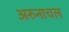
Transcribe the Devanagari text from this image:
अरुनाचल